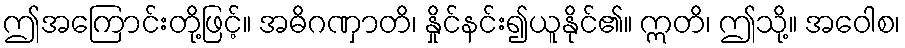
ဤအကြောင်းတို့ဖြင့်။ အဓိဂဏှာတိ၊ နှိုင်နင်း၍ယူနိုင်၏။ ဣတိ၊ ဤသို့။ အဝေါစ၊